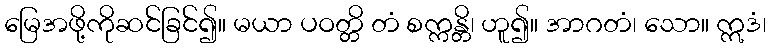
မြေအဖို့ကိုဆင်ခြင်၍။ မယာ ပဝတ္တိ တံ စက္ကန္တိ၊ ဟူ၍။ အာဂတံ၊ သော။ ဣဒံ၊